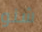
شنو